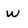
Character: w